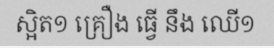
ស្អិត១ គ្រឿង ធ្វើ នឹង ឈើ១